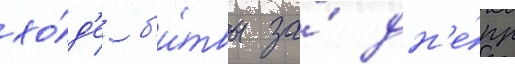
хо́д'е б'и́твы за́ дн'е́пр